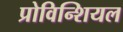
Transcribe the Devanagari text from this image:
प्रोविन्शियल